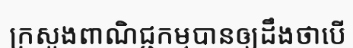
ក្រសួងពាណិជ្ជកម្មបានឲ្យដឹងថាបើ